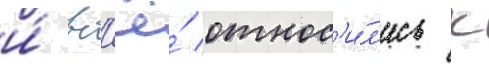
и́ вс'ё́ относ'и́л'ись к